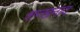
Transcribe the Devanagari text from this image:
शन्खनाद